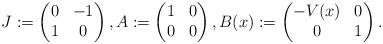
LaTeX: \begin{align*} J:=\begin{pmatrix} 0 & -1 \\ 1 & 0\end{pmatrix}, A:=\begin{pmatrix} 1 & 0 \\ 0 & 0\end{pmatrix}, B(x):=\begin{pmatrix} -V(x) & 0 \\ 0 & 1\end{pmatrix}. \end{align*}